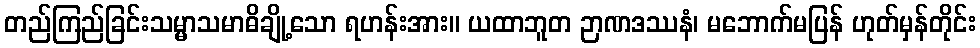
တည်ကြည်ခြင်းသမ္မာသမာဓိချို့သော ရဟန်းအား။ ယထာဘူတ ဉာဏဒဿနံ၊ မဘောက်မပြန် ဟုတ်မှန်တိုင်း